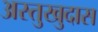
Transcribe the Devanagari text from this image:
अस्तुखुदास